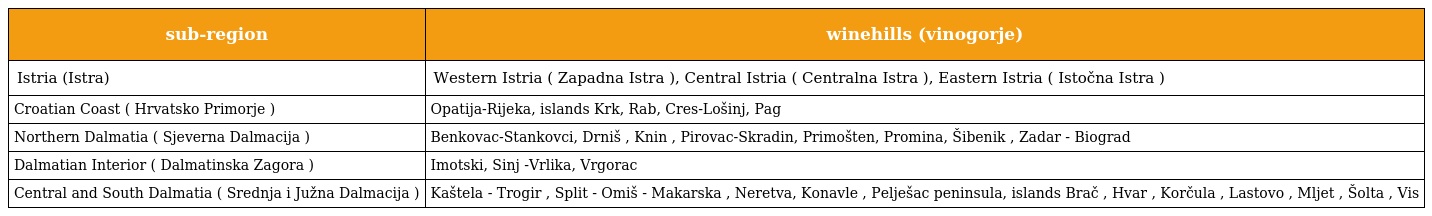
| sub-region | winehills (vinogorje) |
 | --- | --- |
 | Istria (Istra) | Western Istria ( Zapadna Istra ), Central Istria ( Centralna Istra ), Eastern Istria ( Istočna Istra ) |
 | Croatian Coast ( Hrvatsko Primorje ) | Opatija-Rijeka, islands Krk, Rab, Cres-Lošinj, Pag |
 | Northern Dalmatia ( Sjeverna Dalmacija ) | Benkovac-Stankovci, Drniš , Knin , Pirovac-Skradin, Primošten, Promina, Šibenik , Zadar - Biograd |
 | Dalmatian Interior ( Dalmatinska Zagora ) | Imotski, Sinj -Vrlika, Vrgorac |
 | Central and South Dalmatia ( Srednja i Južna Dalmacija ) | Kaštela - Trogir , Split - Omiš - Makarska , Neretva, Konavle , Pelješac peninsula, islands Brač , Hvar , Korčula , Lastovo , Mljet , Šolta , Vis |